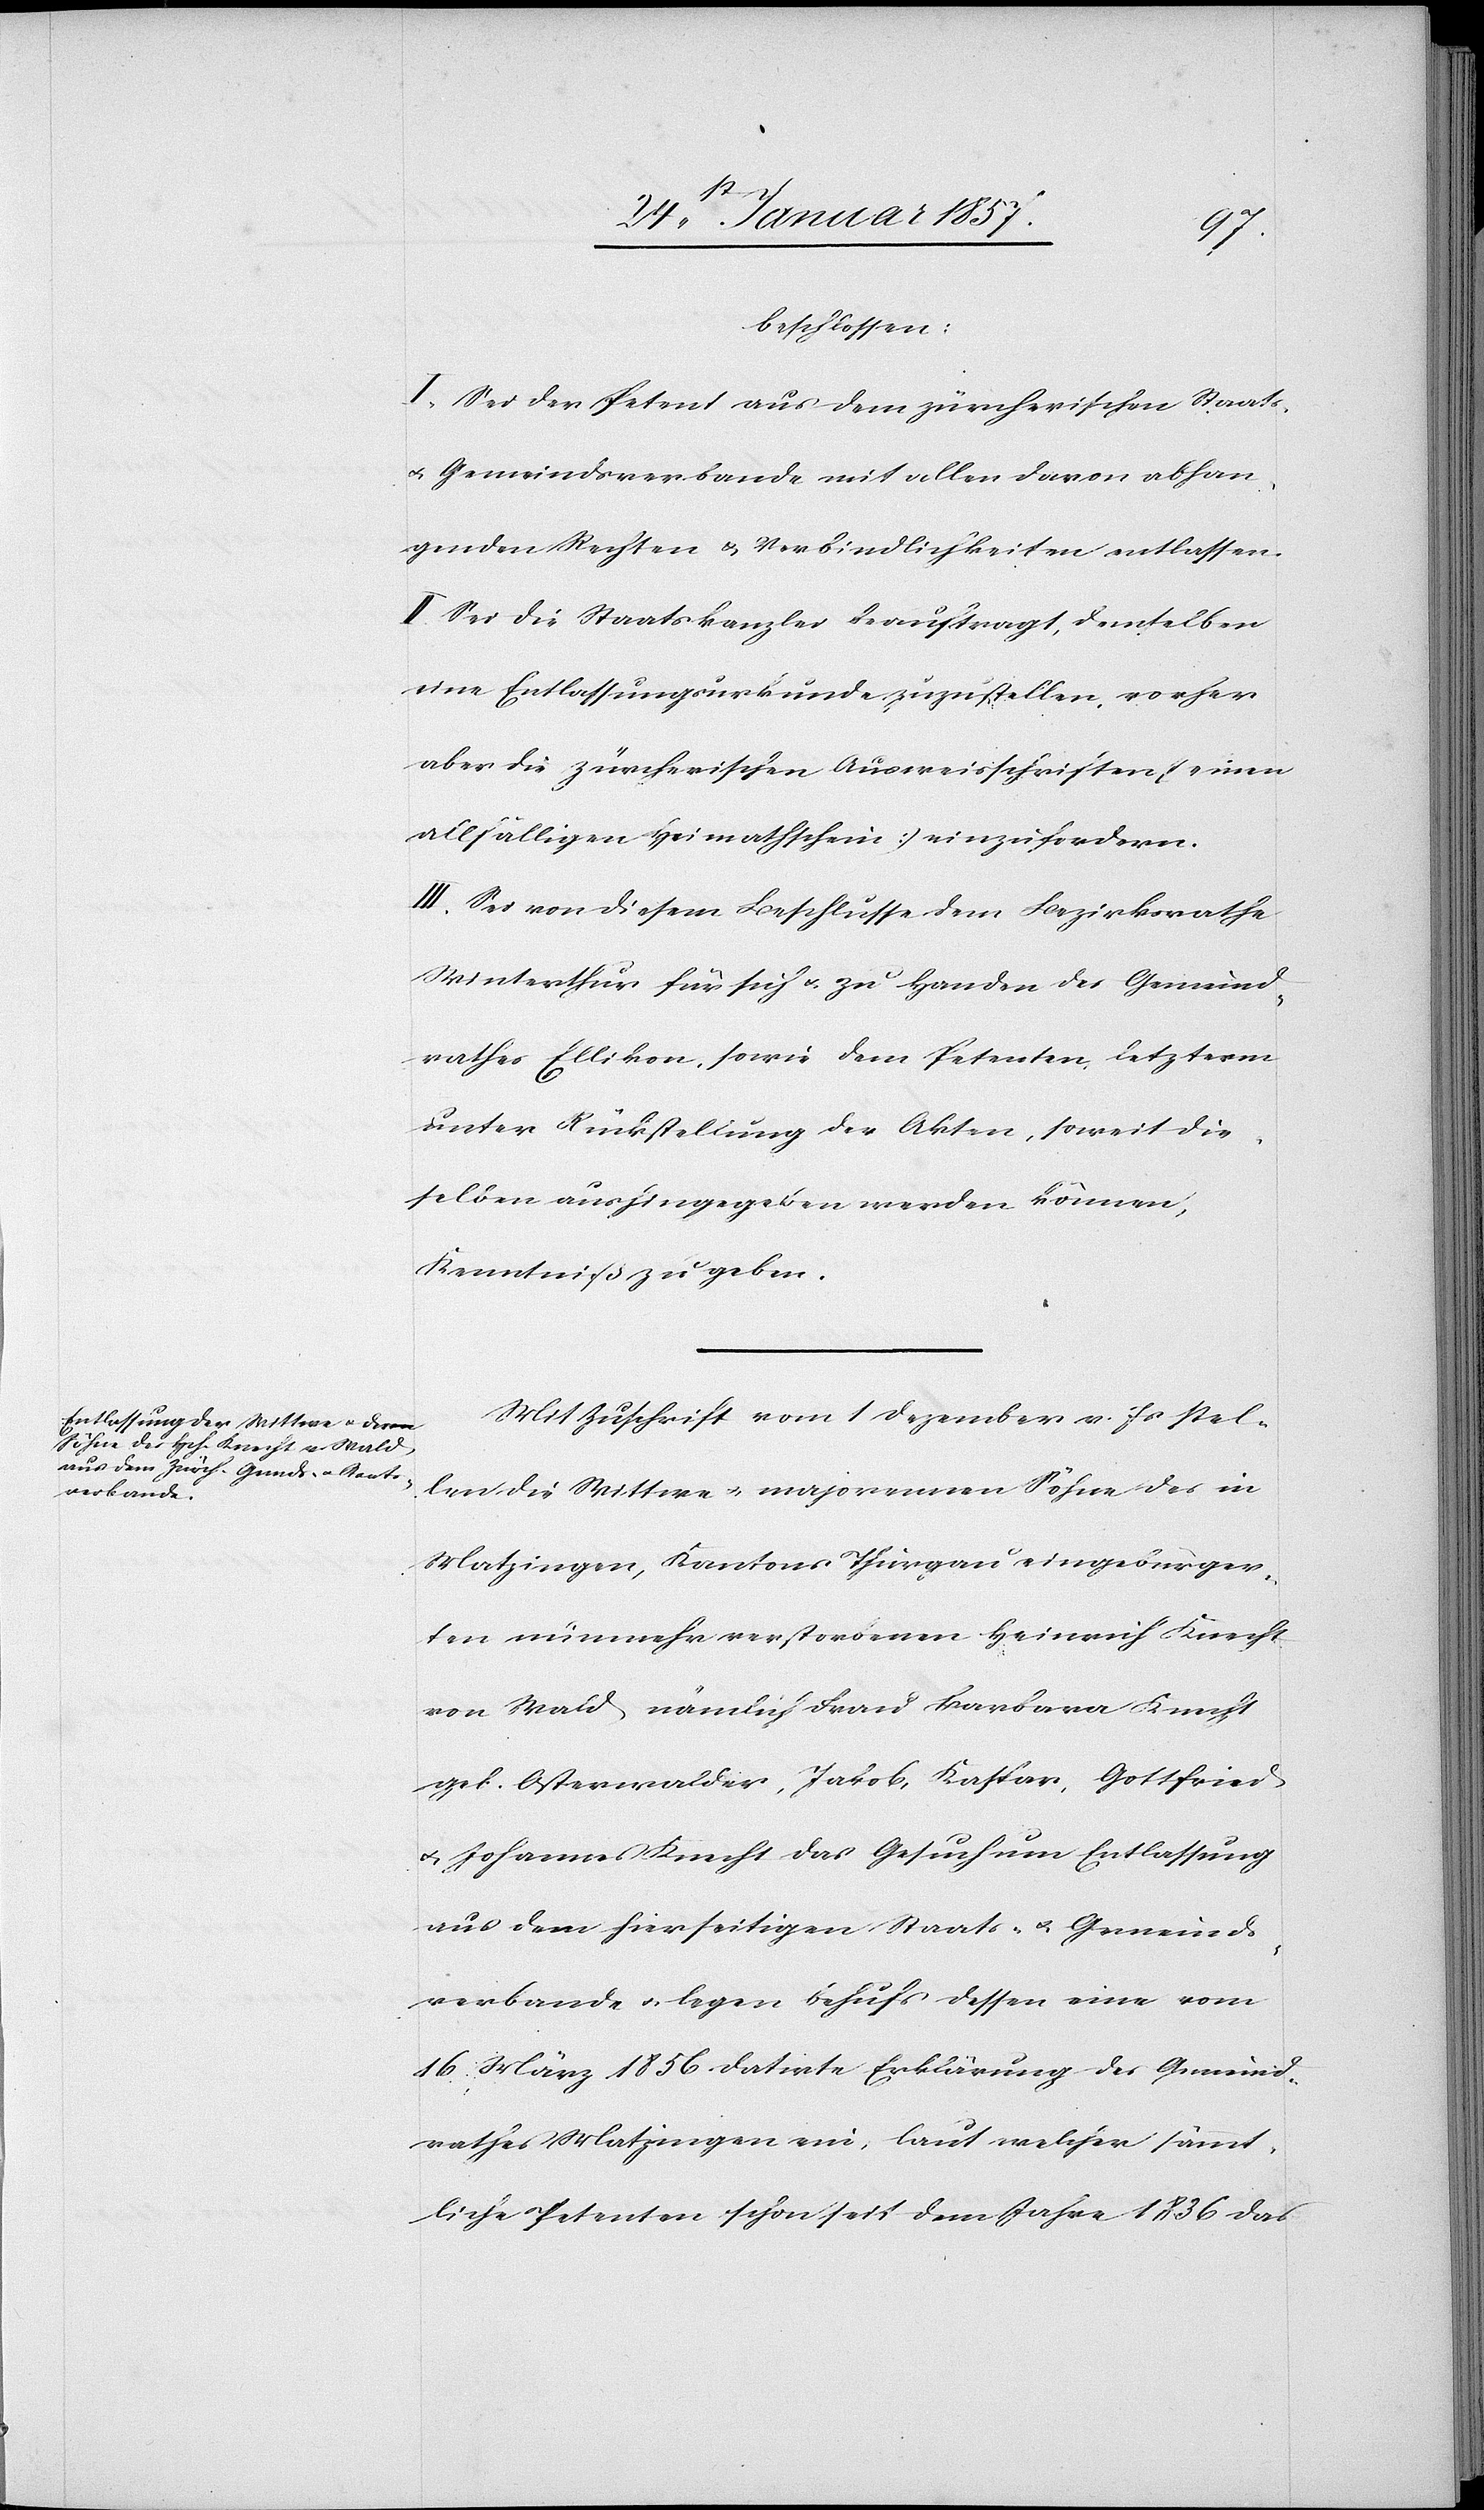
beschlossen:
I. Sei der Petent aus dem zürcherischen Staats-
u. Gemeindsverbande mit allen davon abhan¬
genden Rechten & Verbindlichkeiten entlassen.
II. Sei die Staatskanzlei beauftragt, demselben
eine Entlassungsurkunde zuzustellen, vorher
aber die zürcherischen Ausweisschriften einen
allfälligen Heimatschein einzufordern.
III. Die von diesem Beschlusse dem Bezirksrathe
Winterthur für sich & zu Handen des Gemeind¬
rathes Ellikon, sowie dem Petenten, letzterm
unter Rückstellung der Akten, soweit die¬
selben aushingegeben werden können,
Kenntniß zu geben.
Mit Zuschrift vom 1 Dezember v. Js stel¬
len die Wittwe u. majorennen Söhne des in
Matzingen, Kantons Thurgau eingebürger¬
ten nunmehr verstorbenen Heinrich Knecht
von Wald, nämlich Frau Barbara Knecht
geb. Osterwalder, Jakob, Kaspar, Gottfried
u. Johannes Knecht das Gesuch um Entlassung
aus dem hierseitigen Staats- u. Gemeinds¬
verbande u. legen behufs dessen eine vom
16 März 1856 datirte Erklärung des Gemeind¬
rathes Matzingen ein, laut welcher sämt¬
liche Petenten schon seit dem Jahre 1836 das